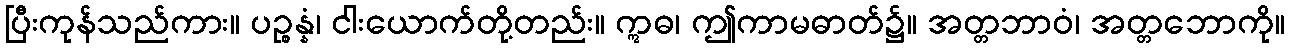
ပြီးကုန်သည်ကား။ ပဉ္စန္နံ၊ ငါးယောက်တို့တည်း။ ဣဓ၊ ဤကာမဓာတ်၌။ အတ္တဘာဝံ၊ အတ္တဘောကို။